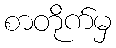
စာတိုက်မှ